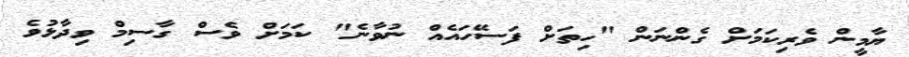
ޔާމީން ވެރިކަމަށް ގެންނަން "ހިތަށް ފަސޭހައެއް ނުވާނެ" ކަމަށް ވެސް ގާސިމް ވިދާޅުވެ